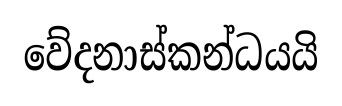
වේදනාස්කන්ධයයි